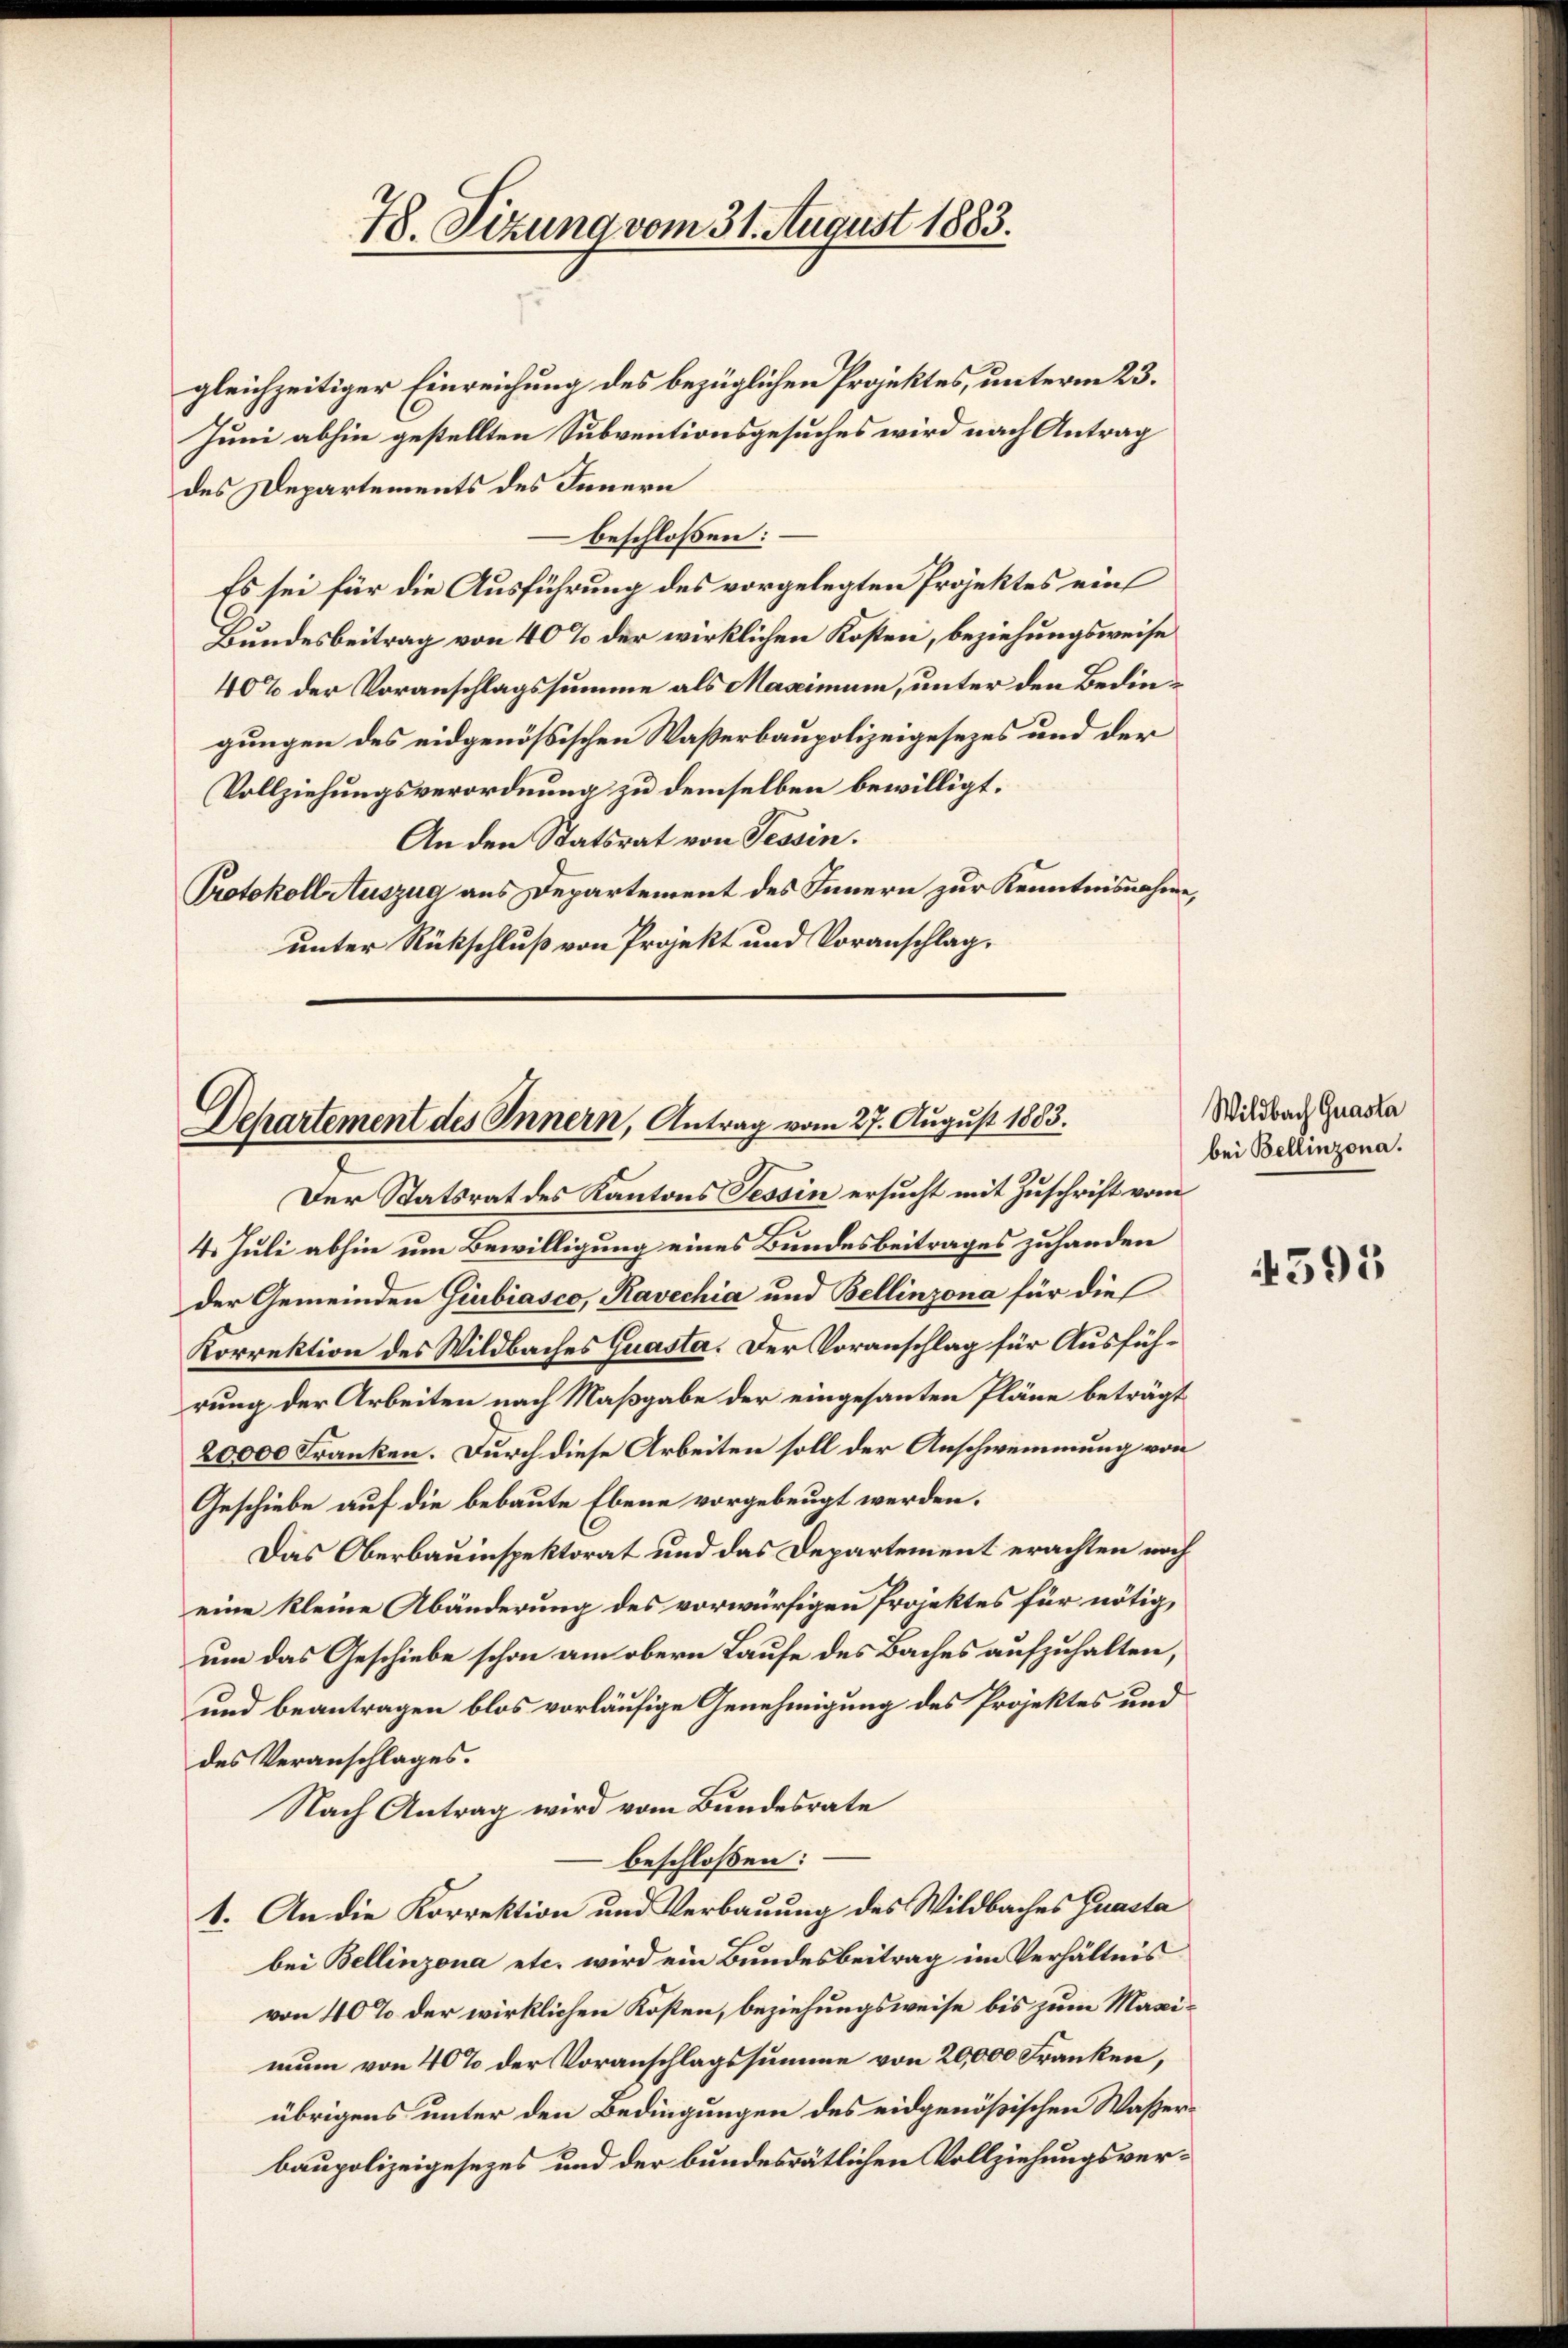
78. Sizung vom 31. August 1883.

gleichzeitiger Einreichung des bezüglichen Projektes, unterm 23.
Juni abhin gestellten Subventionsgesuches wird nach Antrag
des Departements des Innern
 beschloßen:
Es sei für die Ausführung des vorgelegten Projektes ein
Bundesbeitrag von 40% der wirklichen Kosten, beziehungsweise
40% der Voranschlagssumme als Maximum, unter den Bedingungen des eidgenössischen Waßerbaupolizeigesezes und der
Vollziehungsverordnung zu demselben bewilligt.
An den Statsrat von Tessin.
Protokoll Auszug aus Departement des Innern zur Kenntnisnahme,
unter Rückschluß von Projekt und Voranschlag,

Departement des Innern, Antrag vom 27. August 1883.

Der Statsrat des Kantons Tessin ersucht mit Zuschrift vom
4. Juli abhin um Bewilligung eines Bundesbeitrages zuhanden
der Gemeinden Giubiasco, Kavechia und Bellinzona für dies
Korrektion des Wildbaches Quasta. Der Voranschlag für Ausführung der Arbeiten nach Maßgabe der eingesanten Pläne beträgt
20,000 Franken. Durch diese Arbeiten soll der Anschwemmung von
Geschiebe auf die bebaute Ebene vorgebeugt werden.
Das Oberbauinspektorat und das Departement erachten noch
eine kleine Abänderung des vorwürfigen Projektes für nötig,
um das Geschiebe schon am obern Laufe des Baches aufzuhalten,
e
und beantragen blos vorläufige Genehmigung des Projektes und
des Veranschlages.
Nach Antrag wird vom Bundesrate
beschlossen:
1. An die Korrektion und Verbauung des Wildbaches Quasta
bei Bellinzona etc. wird ein Bundesbeitrag im Verhältnis
von 40% der wirklichen Kosten, beziehungsweise bis zum Maximum von 40% der Voranschlagssumme von 20,000 Franken,
übrigens unter den Bedingungen des eidgenößischen Wasserbaupolizeigesezes und der bundesrätlichen Vollziehungsver¬

Wildbach Quasta
bei Bellinzona.

4595